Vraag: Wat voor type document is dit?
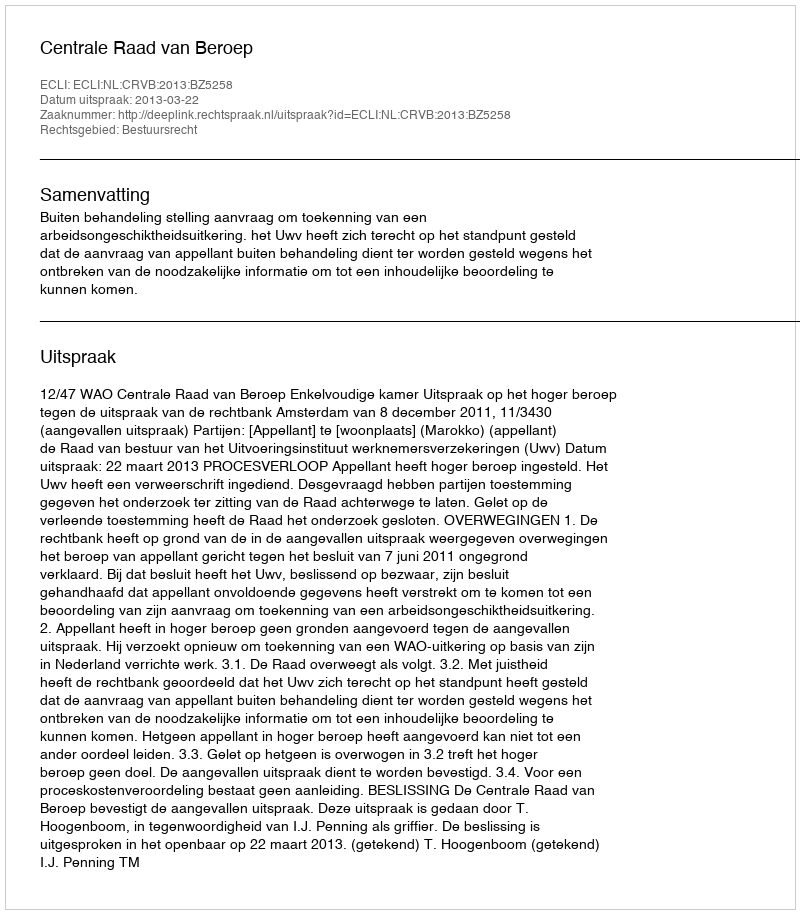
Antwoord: Uitspraak